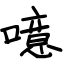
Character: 噫